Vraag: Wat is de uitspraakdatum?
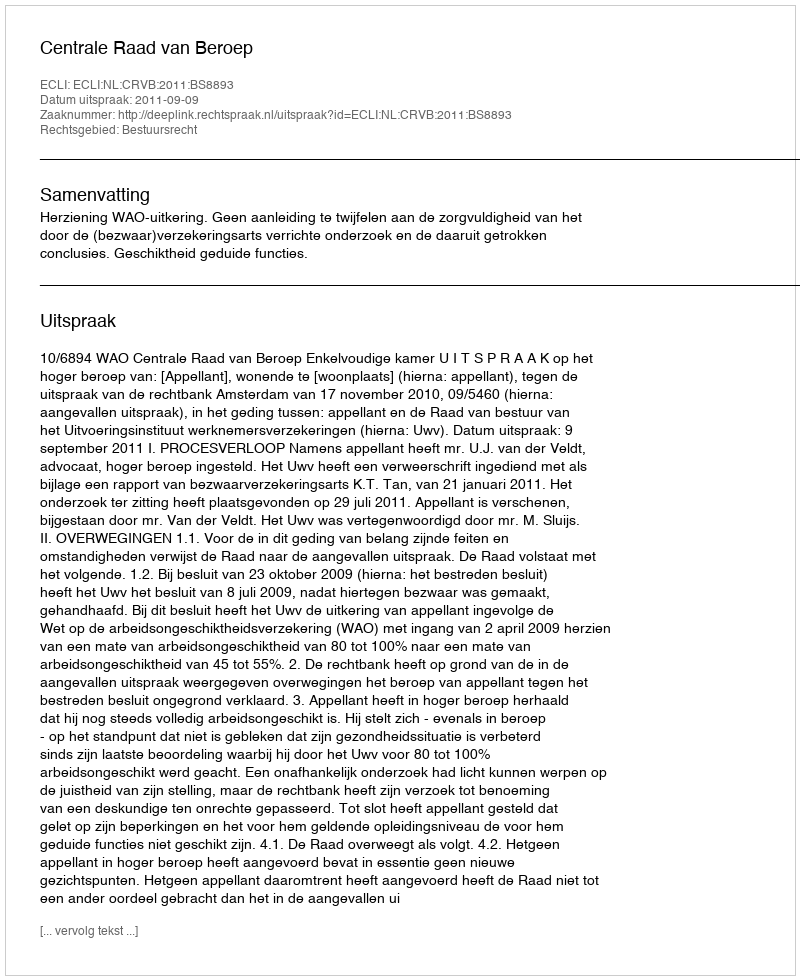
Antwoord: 2011-09-09